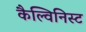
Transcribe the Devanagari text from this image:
कैल्विनिस्ट